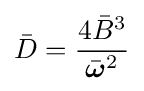
{\bar {D}}={4{\bar {B}}^{3} \over {\bar {\boldsymbol {\omega }}}^{2}}